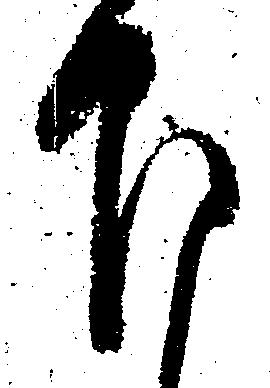
下